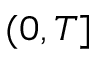
( 0 , T ]